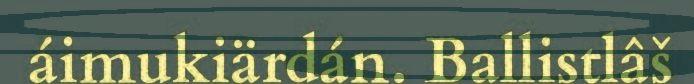
áimukiärdán. Ballistlâš